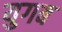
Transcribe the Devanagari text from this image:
युगब